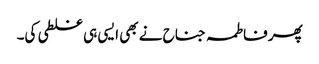
پھر فاطمہ جناح نے بھی ایسی ہی غلطی کی۔